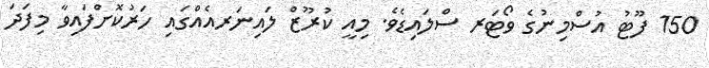
150 ފޫޓު އުސްމިނުގެ ވޯޓަރ ސްލައިޑެވެ. މިއީ ކުރޫޒް ލައިނަރއެއްގައި ހަރުކޮށްފައިވާ މިފަދަ